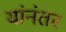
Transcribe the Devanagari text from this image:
यांनंतर